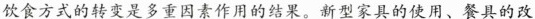
饮食方式的转变是多重因素作用的结果。新型家具的使用、餐具的改